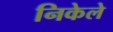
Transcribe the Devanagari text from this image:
निकेले